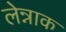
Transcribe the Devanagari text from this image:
लेन्नाक